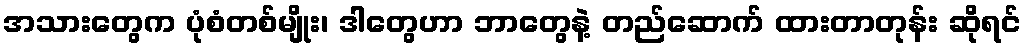
အသားတွေက ပုံစံတစ်မျိုး၊ ဒါတွေဟာ ဘာတွေနဲ့ တည်ဆောက် ထားတာတုန်း ဆိုရင်